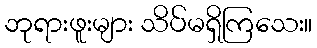
ဘုရားဖူးများ သိပ်မရှိကြသေး။